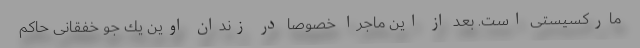
ماركسیستی است. بعد از این ماجرا خصوصا در زندان اوین یك جو خفقانی حاكم